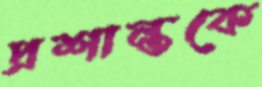
প্রশান্তকে